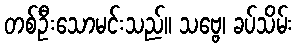
တစ်ဦးသောမင်းသည်။ သဗ္ဗေ၊ ခပ်သိမ်း